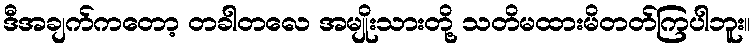
ဒီအချက်ကတော့ တခါတလေ အမျိုးသားတို့ သတိမထားမိတတ်ကြပါဘူး။